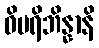
ဝိပရိဘိန္နာနိ